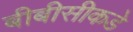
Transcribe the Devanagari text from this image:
बीबीसीकडे